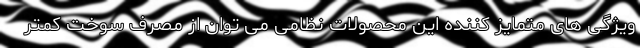
ویژگی های متمایز کننده این محصولات نظامی می توان از مصرف سوخت کمتر